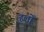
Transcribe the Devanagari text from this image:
हर्लो